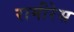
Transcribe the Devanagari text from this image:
रामीरेस